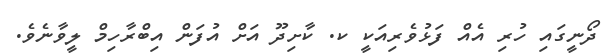
ދޯނީގައި ހުރި އެއް ފަޅުވެރިއަކީ ކ. ކާށިދޫ އަށް އުފަން އިބްރާހިމް ލީވާނެވެ.